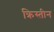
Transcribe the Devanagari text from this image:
क्रिस्तीन